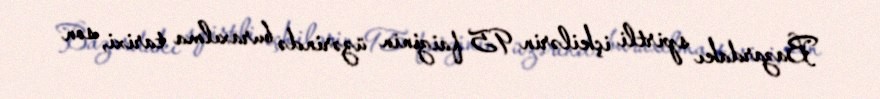
Bazardakı spirtli içkilərin 95 faizinin üzərində buraxılma tarixi, son